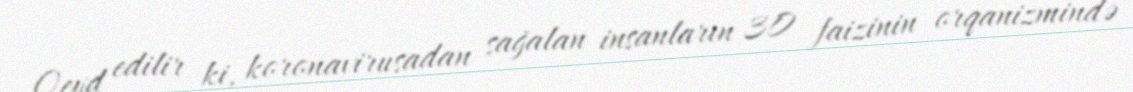
Qeyd edilir ki, koronavirusadan sağalan insanların 30 faizinin orqanizmində